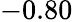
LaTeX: -0.80